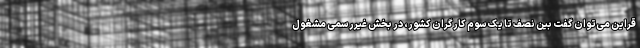
قراین می‌توان گفت بین نصف تا یک سوم کارگران کشور، در بخش غیررسمی مشغول